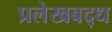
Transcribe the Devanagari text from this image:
प्रलेखबद्ध